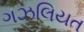
ગઝલિયત